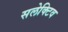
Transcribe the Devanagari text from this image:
सलेक्टिव